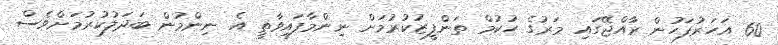
60 އަހަރުފަހުން ރާއްޖޭގައި މަރުގެ ހުކުމް ތަންފީޒުކުރުމަށް ނިންމާފައިވާތީ އެ ނިންމުން ބަދަލުކުރުމަށްވެސް